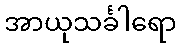
အာယုသင်္ခါရော